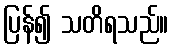
ပြန်၍ သတိရသည်။